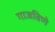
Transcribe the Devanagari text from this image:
गाजविणे